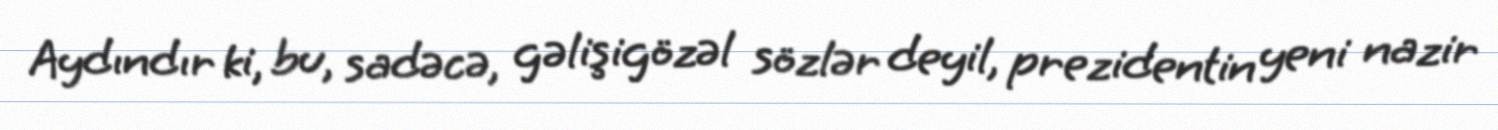
Aydındır ki, bu, sadəcə, gəlişigözəl sözlər deyil, prezidentin yeni nazir